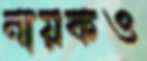
নায়কও